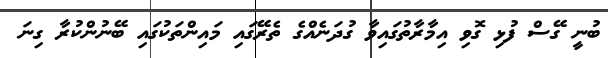
ބުނީ ގޭސް ފުޅި ގޮވި އިމާރާތުގައިވާ ގުދަނެއްގެ ތެރޭގައި މައިންތަކުގައި ބޭނުންކުރާ ގިނަ